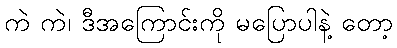
ကဲ ကဲ၊ ဒီအကြောင်းကို မပြောပါနဲ့ တော့